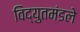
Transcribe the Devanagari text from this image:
विद्युतमंडले